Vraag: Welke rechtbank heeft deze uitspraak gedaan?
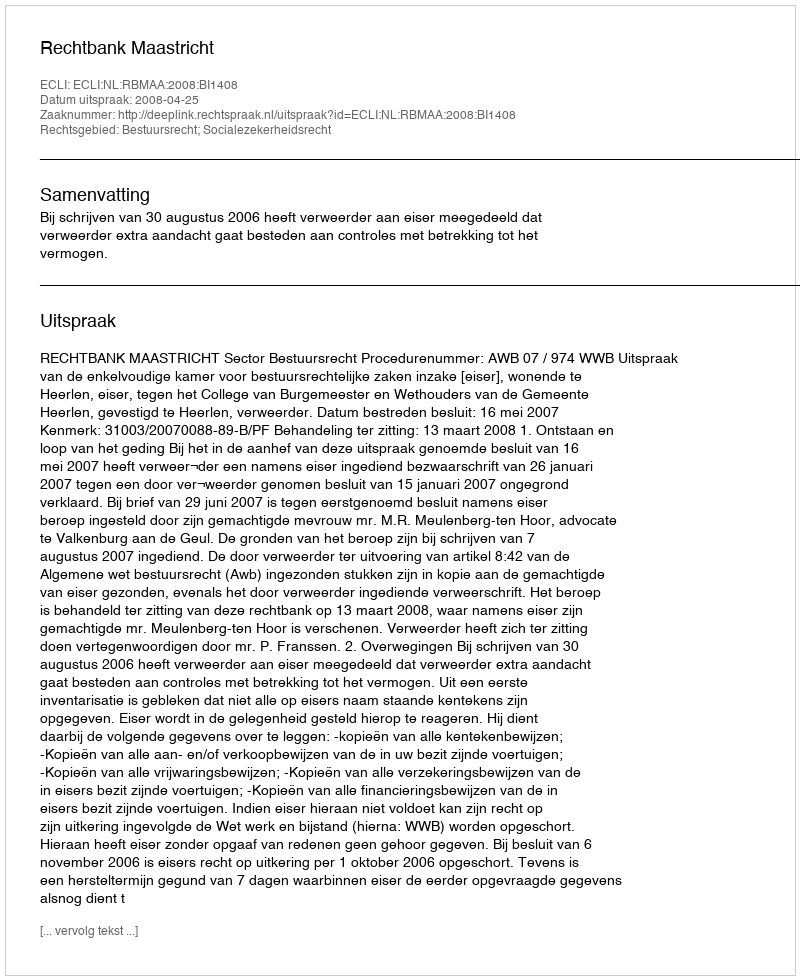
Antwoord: Rechtbank Maastricht